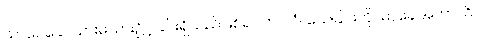
သာပေခေါ၊ သားမယား၌ငဲ့ခြင်းရှိသည်ဖြစ်၍။ ကာလံ၊ သေခြင်းကို။ မာခေါအကာသိ၊